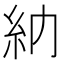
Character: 𥾔